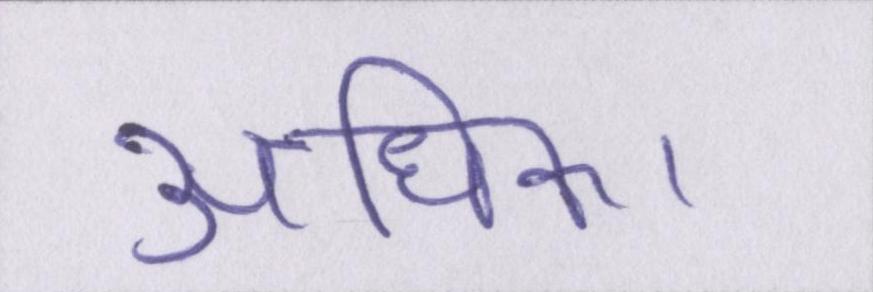
अधिक।